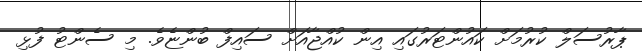
ޕާރުސަލް ކުރުމަށް ކައުންޓަރުގައި އިން ކުއްޖާއަށް ސައިފް ބުންޏެވެ. މި ސެންޓު ފުޅި